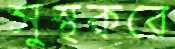
সুস্থকরে